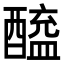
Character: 𬪲